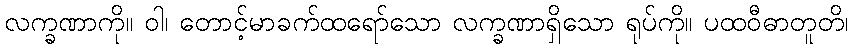
လက္ခဏာကို။ ဝါ၊ တောင့်မာခက်ထရော်သော လက္ခဏာရှိသော ရုပ်ကို။ ပထဝီဓာတူတိ၊